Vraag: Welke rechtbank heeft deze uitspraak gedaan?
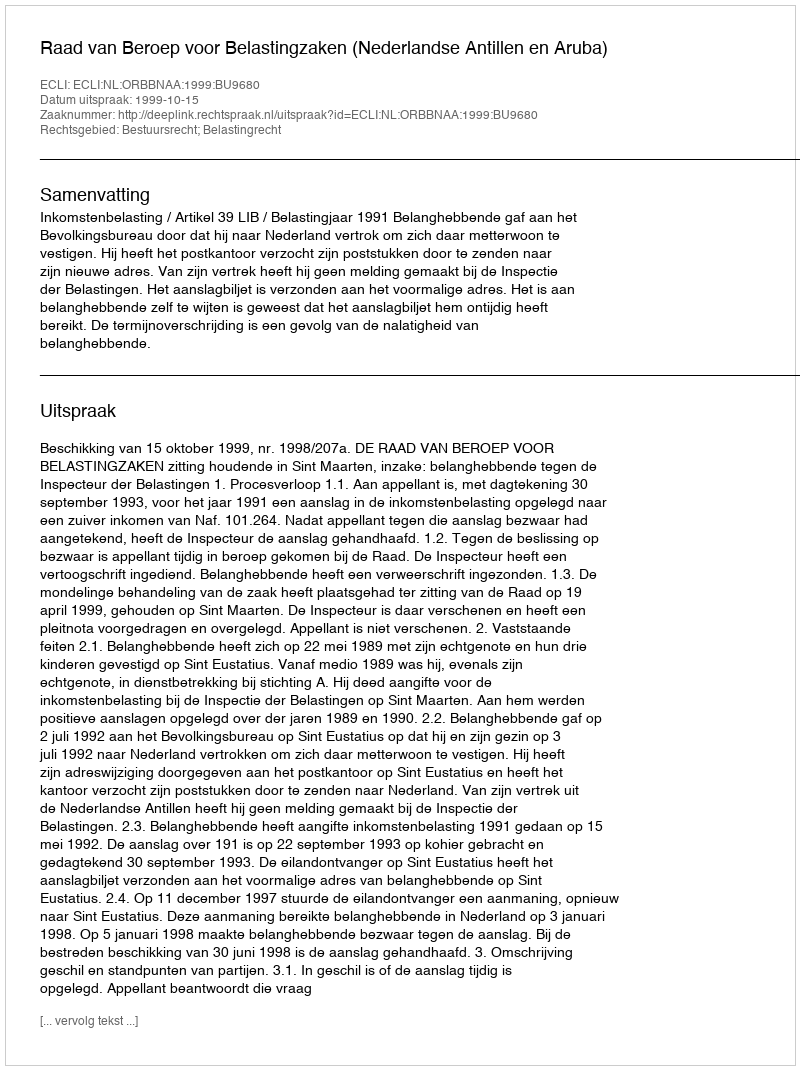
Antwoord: Raad van Beroep voor Belastingzaken (Nederlandse Antillen en Aruba)